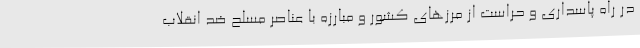
در راه پاسداری و حراست از مرزهای کشور و مبارزه با عناصر مسلح ضد انقلاب